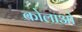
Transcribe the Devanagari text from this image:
कोलाओ